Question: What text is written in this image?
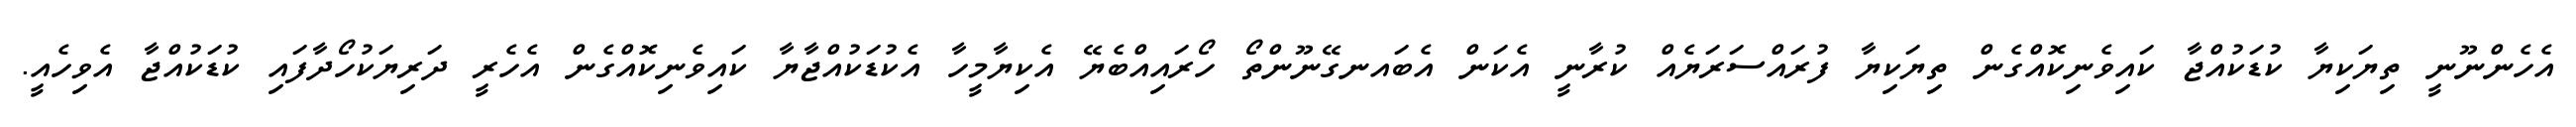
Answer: އެހެންނޫނީ ތިޔަކިޔާ ކުޑަކުއްޖާ ކައިވެނިކޮއްގެން ތިޔަކިޔާ ފުރައްސަރަޔެއް ކުރާނީ އެކަން އެބައނގޭނޫންތޯ ހޯރައިއްބެޔޭ އެކިޔާމީހާ އެކުޑަކުއްޖާޔާ ކައިވެނިކޮއްގެން އެހެރީ ދަރިޔަކުހޯދާފައި ކުޑަކުއްޖާ އެވިހެއީ.